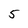
Character: 5